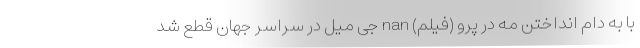
با به دام انداختن مه در پرو (فیلم) nan جی میل در سراسر جهان قطع شد